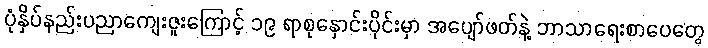
ပုံနှိပ်နည်းပညာကျေးဇူးကြောင့် ၁၉ ရာစုနှောင်းပိုင်းမှာ အပျော်ဖတ်နဲ့ ဘာသာရေးစာပေတွေ